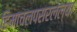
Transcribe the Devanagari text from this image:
हिमाचलपसरलेल्या